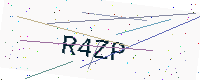
Text: R4ZP